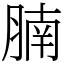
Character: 腩